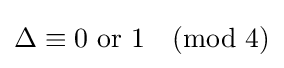
\Delta \equiv 0{\text{ or }}1{\pmod {4}}